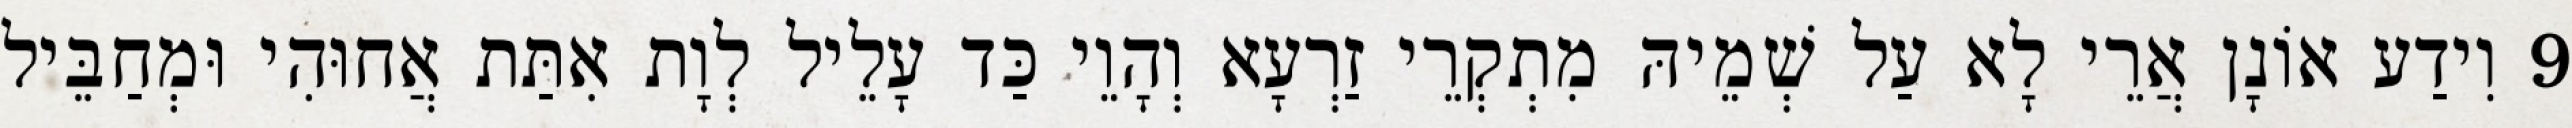
9 וִידַע אוֹנָן אֲרֵי לָא עַל שְׁמֵיהּ מִתְקְרֵי זַרְעָא וְהָוֵי כַּד עָלֵיל לְוָת אִתַּת אֲחוּהִי וּמְחַבֵּיל